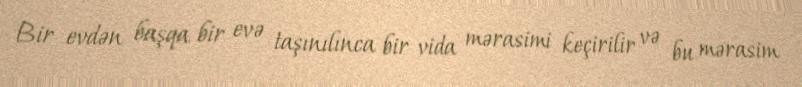
Bir evdən başqa bir evə taşınılınca bir vida mərasimi keçirilir və bu mərasim